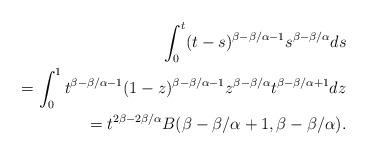
LaTeX: \begin{align*}\int_{0}^{t}(t-s)^{\beta - \beta/\alpha - 1}s^{\beta - \beta/\alpha}ds \\=\int_{0}^{1}t^{\beta - \beta/\alpha - 1}(1-z)^{\beta - \beta/\alpha - 1}z^{\beta - \beta/\alpha}t^{\beta - \beta/\alpha + 1}dz \\=t^{2\beta - 2\beta/\alpha}B(\beta - \beta/\alpha + 1, \beta - \beta/\alpha).\end{align*}